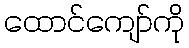
ထောင်ကျော်ကို